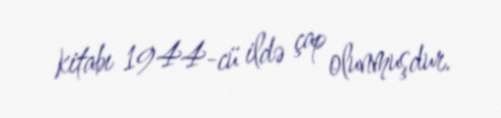
kitabı 1944-cü ildə çap olunmuşdur.